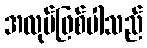
အလုပ်ဖြစ်ပါသည်